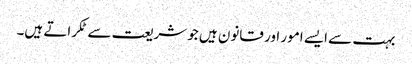
بہت سے ایسے امور اور قانون ہیں جو شریعت سے ٹکراتے ہیں۔